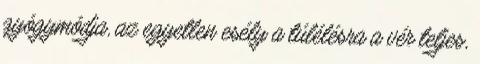
gyógymódja, az egyetlen esély a túlélésra a vér teljes,